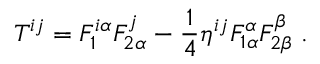
T ^ { i j } = F _ { 1 } ^ { i \alpha } F _ { 2 \alpha } ^ { j } - \frac 1 4 \eta ^ { i j } F _ { 1 \alpha } ^ { \alpha } F _ { 2 \beta } ^ { \beta } \; .